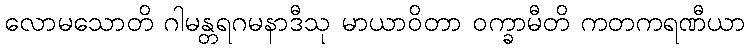
လောမသောတိ ဂါမန္တရဂမနာဒီသု မာယာဝိတာ ဝက္ခာမီတိ ကတကရဏီယာ